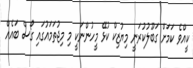
ކީއްވެ ކަމަށް ގަބޫލުކުރަނީ މިޔުޒިކް ކުޅޭ މީހުންނަކީ މި މިޖުތަމައުގައި ގޯސް ބައެއް